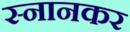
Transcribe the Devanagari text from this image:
स्नानकर